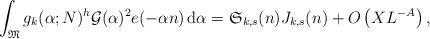
\begin{align*}\int_{\mathfrak M}g_k(\alpha;N)^h\mathcal G(\alpha)^2e(-\alpha n)\, {\rm d}\alpha =\mathfrak S_{k,s}(n)J_{k,s}(n)+O\left( XL^{-A}\right), \end{align*}